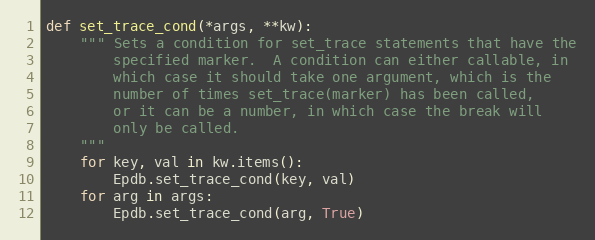
Language: Python
def set_trace_cond(*args, **kw):
    """ Sets a condition for set_trace statements that have the
        specified marker.  A condition can either callable, in
        which case it should take one argument, which is the
        number of times set_trace(marker) has been called,
        or it can be a number, in which case the break will
        only be called.
    """
    for key, val in kw.items():
        Epdb.set_trace_cond(key, val)
    for arg in args:
        Epdb.set_trace_cond(arg, True)